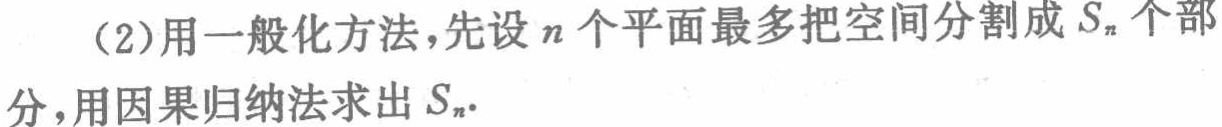
(2)用一般化方法，先设\(n\)个平面最多把空间分割成\(S_{n}\)个部分，用因果归纳法求出\(S_{n}\).